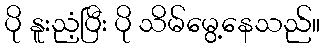
ပို နူးညံ့ပြီး ပို သိမ်မွေ့နေသည်။